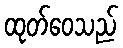
ထုတ်ဝေသည်